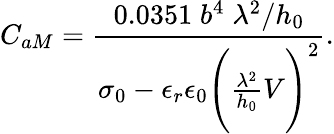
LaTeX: C_{aM}=\frac{0.0351\; b^{4}\; \lambda^{2}/h_{0}}{\sigma_{0}-\epsilon_{r}\epsilon_{0}\Bigg(\frac{\lambda^{2}}{h_{0}}V\Bigg)^{2}}.